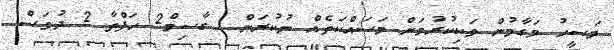
މަސީހު މަގާމުން ވަކިކުރުމަށް މަސައްކަތެއް ނުކުރަން  ގާސިމް2 ހަފްތާ 2 ދުވަސް